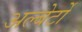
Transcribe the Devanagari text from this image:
अल्बेर्टो